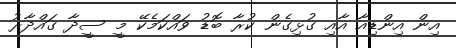
އިން އިންޑިއާ އާއި ގުޅިގެން ކުރާ ބޮޑު ވައްކަމެކޭ މީ ސީދާ ގައްދާރު